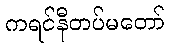
ကရင်နီတပ်မတော်